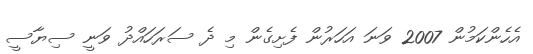
އެހެންކަމުން 2007 ވަނަ އަހަރުން ފެށިގެން މި ދެ ސަރަހައްދު ވަނީ ސިޔާސީ